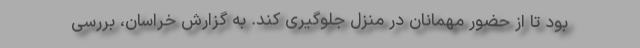
بود تا از حضور مهمانان در منزل جلوگیری کند. به گزارش خراسان، بررسی